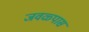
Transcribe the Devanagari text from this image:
जवळ्पास